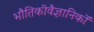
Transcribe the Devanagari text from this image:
भौतिकीवैज्ञानिकों